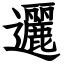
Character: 邐